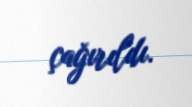
çağırıldı.